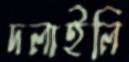
দলাইলি